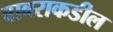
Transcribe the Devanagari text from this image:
बाबराकडील